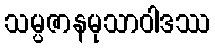
သမ္ပဇာနမုသာဝါဒဿ